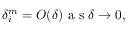
\delta _ { i } ^ { m } = O ( \delta ) \mathrm { ~ a ~ s ~ } \delta \rightarrow 0 ,